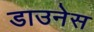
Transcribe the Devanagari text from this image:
डाउनेस